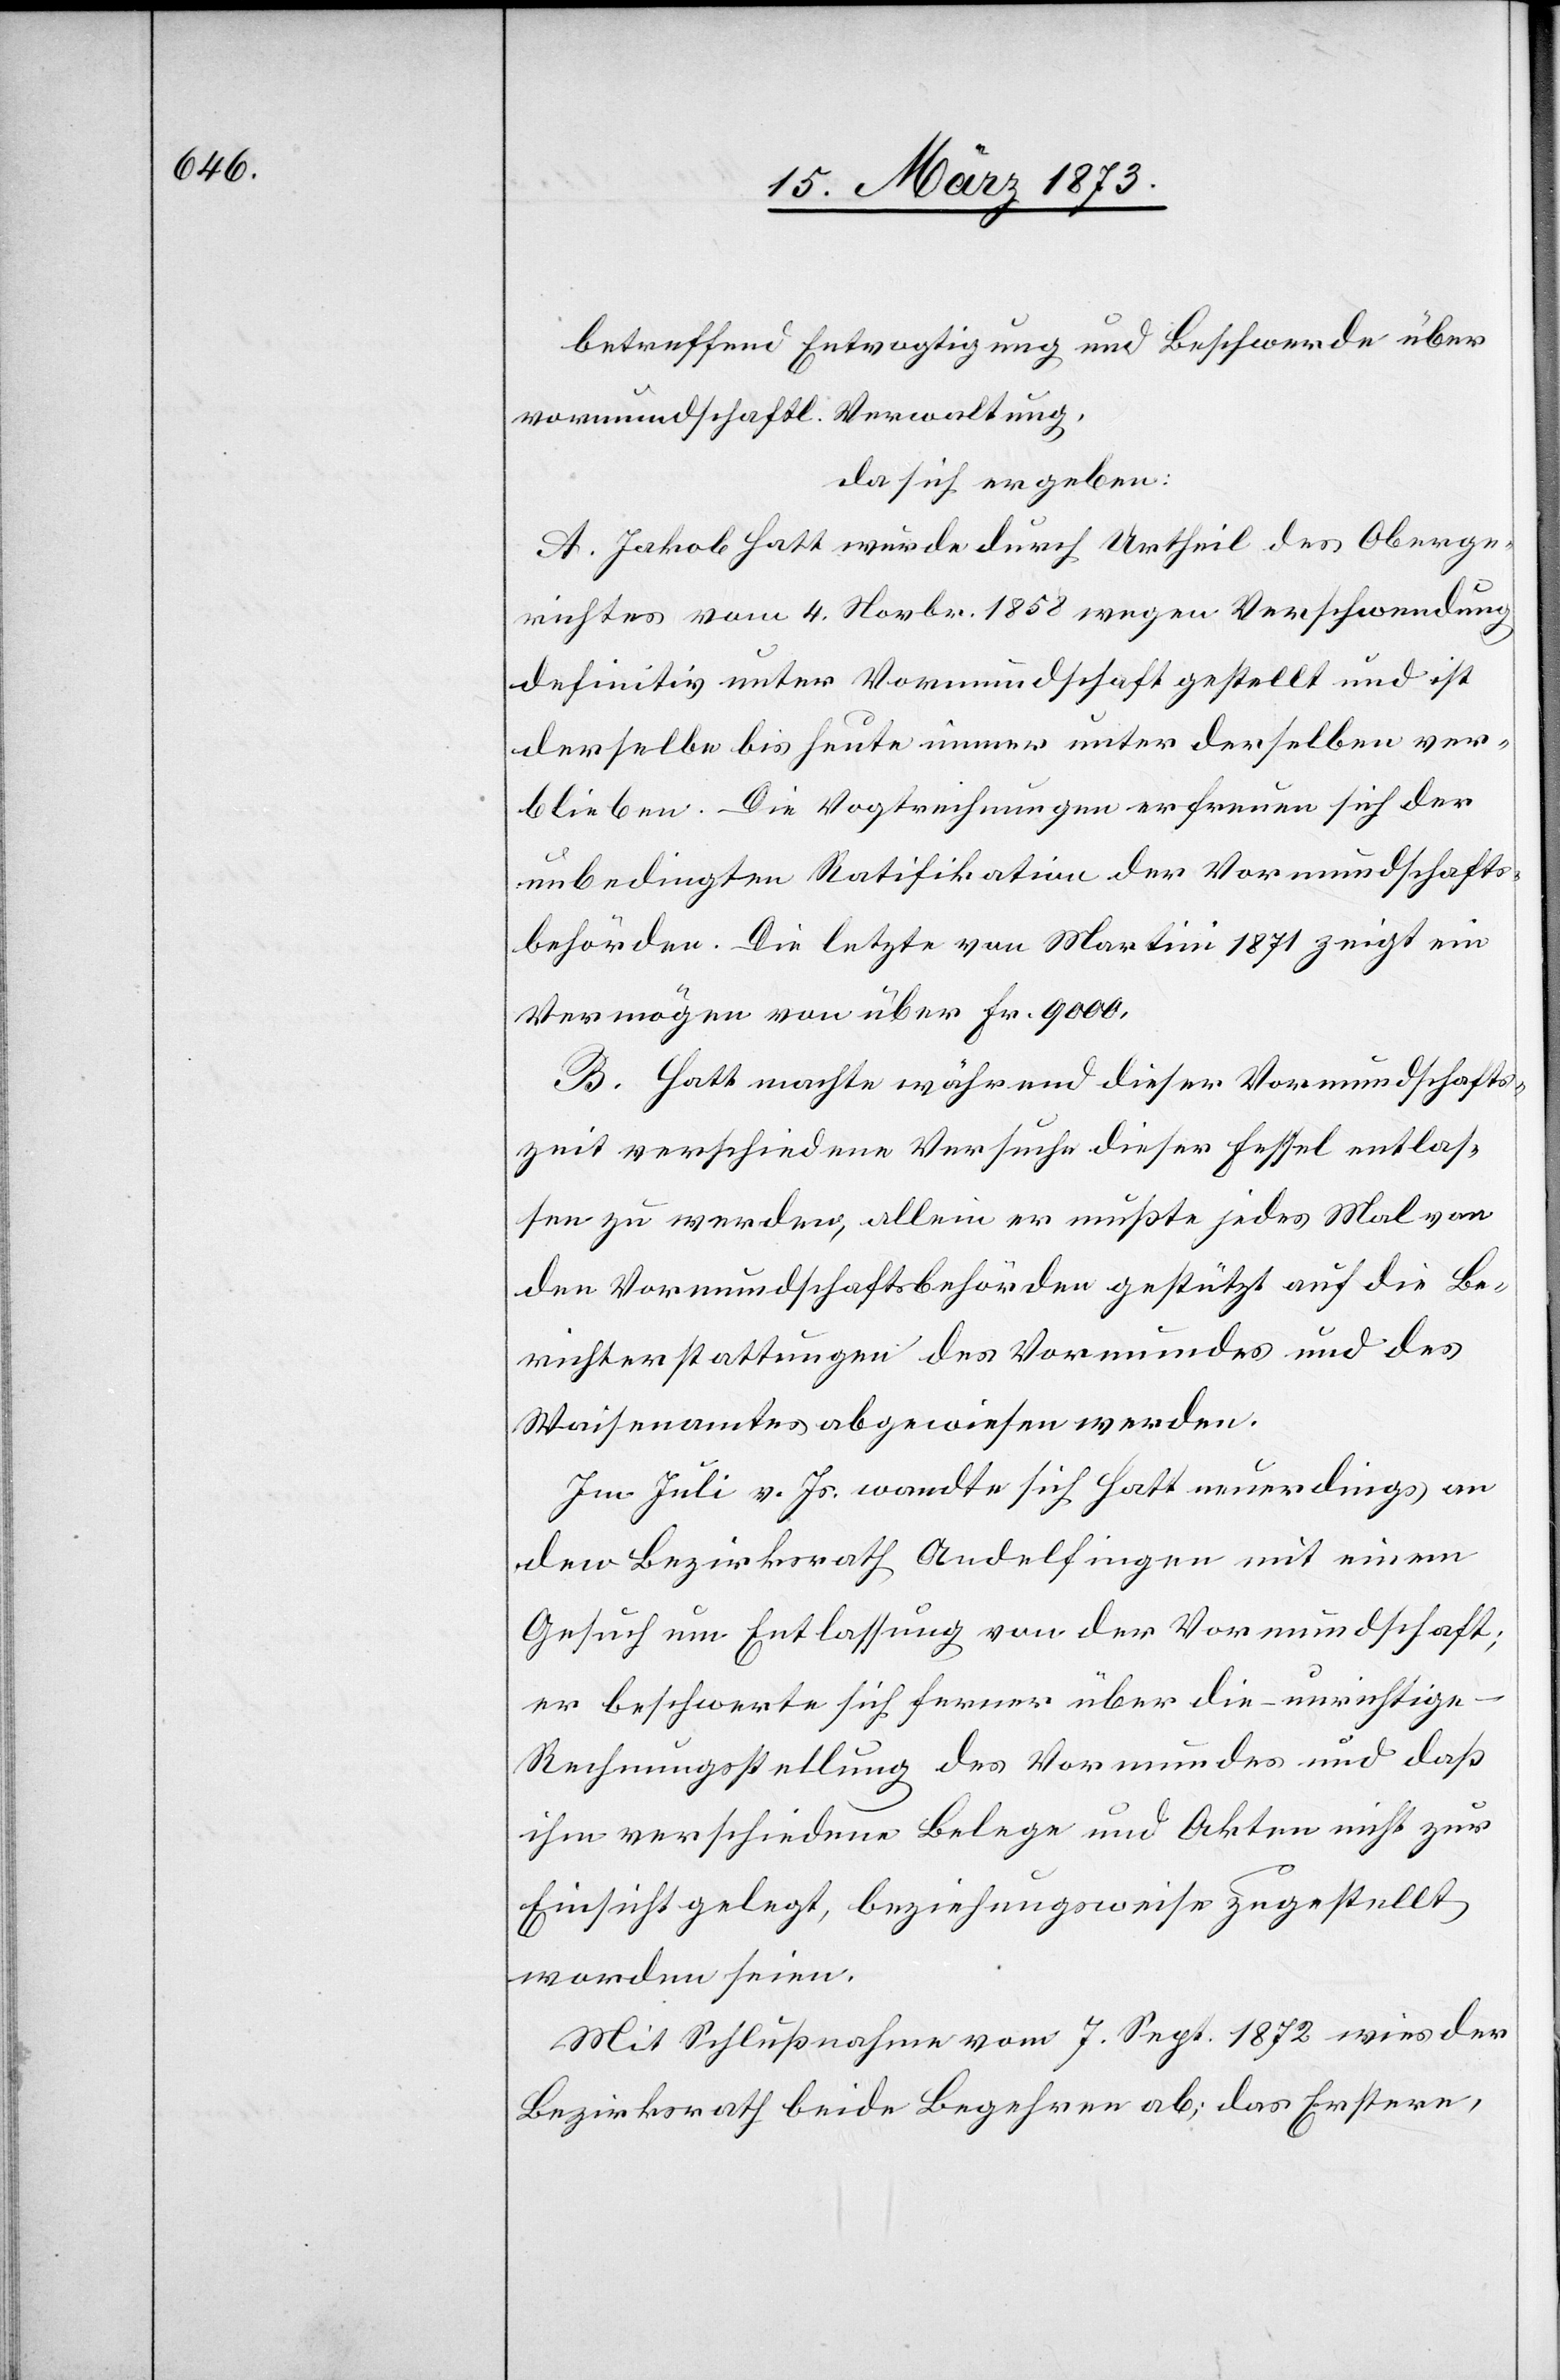
betreffend Entvogtigung und Beschwerde über
vormundschaftl. Verwaltung,
da sich ergeben:
A. Jakob Hatt wurde durch Urtheil des Oberge¬
richtes vom 4. Novbr. 1858 wegen Verschwendung
definitiv unter Vormundschaft gestellt und ist
derselbe bis heute immer unter derselben ver¬
blieben. Die Vogtrechnungen erfreuen sich der
unbedingten Ratifikation der Vormundschafts¬
behörden. Die letzte von Martini 1871 zeigt ein
Vermögen von über Fr. 9000.
B. Hatt machte während dieser Vormundschafts¬
zeit verschiedene Versuche dieser Fessel entlas¬
sen zu werden, allein er mußte jedes Mal von
den Vormundschaftsbehörden gestützt auf die Be¬
richterstattungen des Vormundes und des
Waisenamtes abgewiesen werden.
Im Juli v. Js. wandte sich Hatt neuerdings an
den Bezirksrath Andelfingen mit einem
Gesuch um Entlassung von der Vormundschaft;
er beschwerte sich ferner über die – unrichtige
Rechnungsstellung des Vormundes und daß
ihm verschiedene Belege und Akten nicht zur
Einsicht gelegt, beziehungsweise zugestellt
worden seien.
Mit Schlußnahme vom 7. Sept. 1872 wies der
Bezirksrath beide Begehren ab; das Erstere,